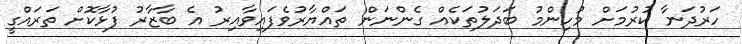
ހަރުދަނާ ކުރުމަށް މުހިންމު ބަދަލުތަކެއް ގެންނަން ތައްޔާރުވެފައިވާއިރު އެ ބާޒާރު ފުޅާކޮށް ތަރައްގީ